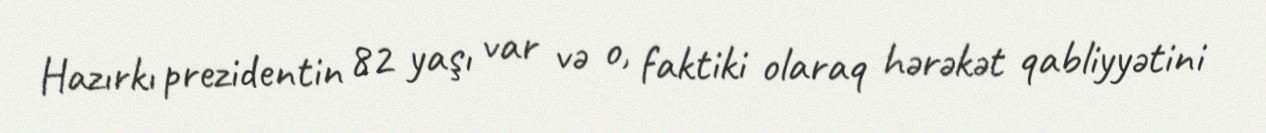
Hazırkı prezidentin 82 yaşı var və o, faktiki olaraq hərəkət qabliyyətini